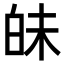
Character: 𤽜